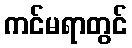
ကင်မရာတွင်